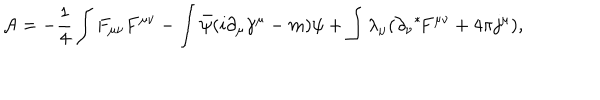
LaTeX: { \cal A } = - \frac { 1 } { 4 } \int F _ { \mu \nu } F ^ { \mu \nu } - \int \bar { \psi } ( i \partial _ { \mu } \gamma ^ { \mu } - m ) \psi + \int \lambda _ { \mu } ( \partial _ { \nu } \mathrm { } ^ { * } \! F ^ { \mu \nu } + 4 \pi j ^ { \mu } ) ,